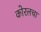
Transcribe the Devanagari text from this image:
कोरलचा